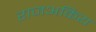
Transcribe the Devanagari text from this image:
राजअकिय